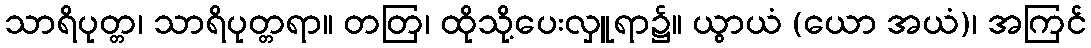
သာရိပုတ္တ၊ သာရိပုတ္တရာ။ တတြ၊ ထိုသို့ပေးလှူရာ၌။ ယွာယံ (ယော အယံ)၊ အကြင်